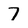
Character: 7